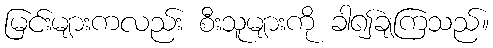
မြင်းများကလည်း စီးသူများကို ခါ၍ချကြသည်။